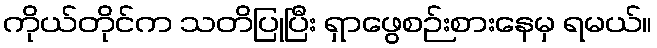
ကိုယ်တိုင်က သတိပြုပြီး ရှာဖွေစဉ်းစားနေမှ ရမယ်။